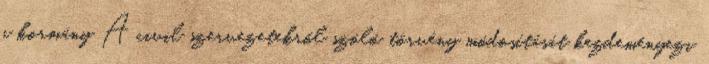
a kormány A civil szervezetekről szóló törvény módosítását kezdeményezi